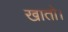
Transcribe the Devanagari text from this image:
खातो।